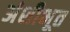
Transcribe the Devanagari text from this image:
अंशीभूत